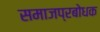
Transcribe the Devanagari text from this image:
समाजप्रबोधक